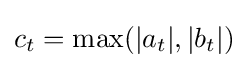
c_{t}=\max(|a_{t}|,|b_{t}|)